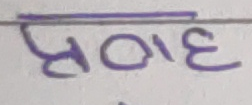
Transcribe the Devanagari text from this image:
स०१३